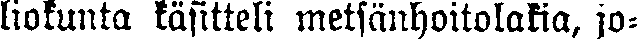
liokunta käsitteli metsänhoitolakia, jo-